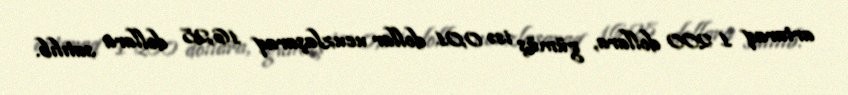
artaraq 1 200 dollara, gümüş isə 0,01 dollar ucuzlaşaraq 16,28 dollara satılıb.